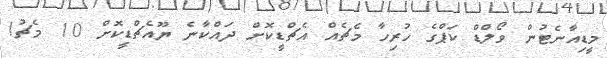
މީޑިއާނެޓުން ވޯލްޑް ކަޕްގެ ހުރިހާ މެޗެއް އެޗްޑީކޮށް ދައްކާނެ ޔޫއެޗްޑީކޮށް 10 މެޗު!